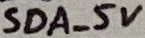
Text: SDA_5V